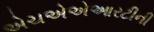
એચએએઆરટીની